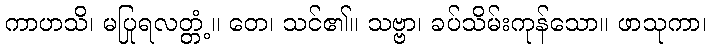
ကာဟသိ၊ မပြုရလတ္တံ့။ တေ၊ သင်၏။ သဗ္ဗာ၊ ခပ်သိမ်းကုန်သော။ ဖာသုကာ၊